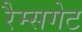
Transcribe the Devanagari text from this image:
रैम्सगेट